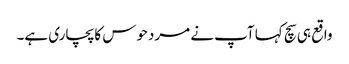
واقع ہی سچ کہا آپ نے مردحوس کا پچاری ہے۔